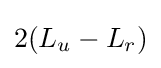
2(L_{u}-L_{r})